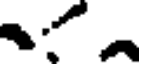
.